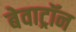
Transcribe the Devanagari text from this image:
बेवाट्रॉन